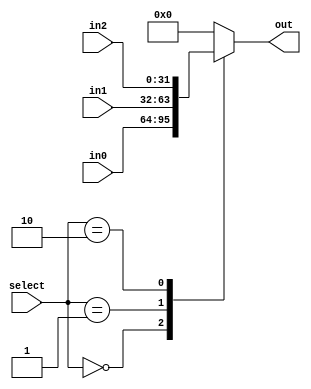
module three_to1_mux(in0, in1, in2, select, out);
	parameter N=32;

	input wire [N-1:0] in0, in1, in2;
	input wire [1:0] select;
	output wire [N-1:0] out;

	reg [N-1:0] mux_output;
	
	always @(*) begin
		case(select)
			2'd0 : mux_output = in0;
			2'd1 : mux_output = in1;
			2'd2 : mux_output = in2;
			default : mux_output = 0;
		endcase
	end

	assign out = mux_output;

endmodule